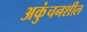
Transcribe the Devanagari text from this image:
अकुंचनशील